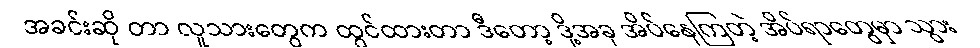
အခင်းဆို တာ လူသားတွေက ထွင်ထားတာ ဒီတော့ ဒို့အခု အိပ်နေကြတဲ့ အိပ်ရာတွေမှာ သွား